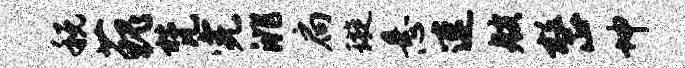
税藐梵完洮扃璇悬速艘整坤